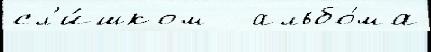
сл'и́шком   альбо́ма